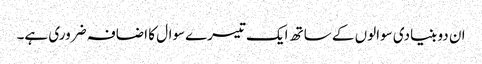
ان دو بنیادی سوالوں کے ساتھ ایک تیسرےسوال کا اضافہ ضروری ہے۔